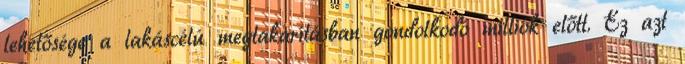
lehetősége a lakáscélú megtakarításban gondolkodó milliók előtt. Ez azt